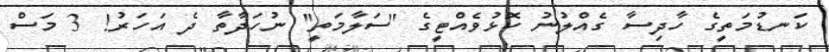
ކަނޑުމަތީގެ ހާދިސާ ގެއްލުނު ކޮޅުވެއްޓީގެ ''ސަލާމަތީ'' ނުހަދާތާ ދެ އަހަރު! 3 މަސް